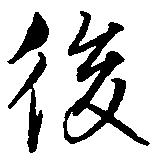
後